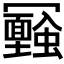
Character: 𠖪